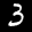
Label: 3